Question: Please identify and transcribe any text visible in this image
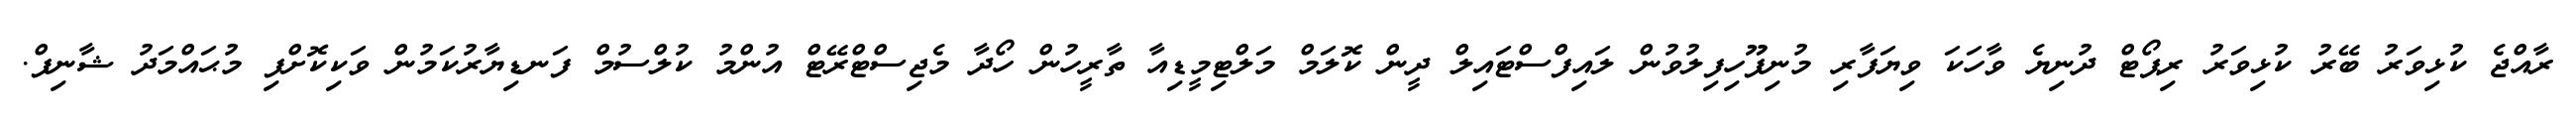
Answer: ރާއްޖެ ކުޅިވަރު ބޭރު ކުޅިވަރު ރިޕޯޓް ދުނިޔެ ވާހަކަ ވިޔަފާރި މުނިފޫހިފިލުވުން ލައިފްސްޓައިލް ދީން ކޮލަމް މަލްޓިމީޑިއާ ތާރީހުން ހޯދާ މެޖިސްޓްރޭޓް އުންމު ކުލްސުމް ފަނޑިޔާރުކަމުން ވަކިކޮށްފި މުޙައްމަދު ޝާނިފް.